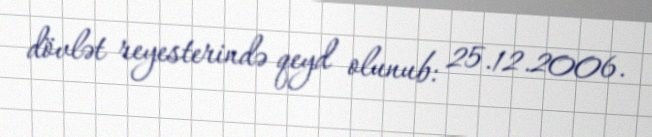
dövlət reyesterində qeyd olunub: 25.12.2006.